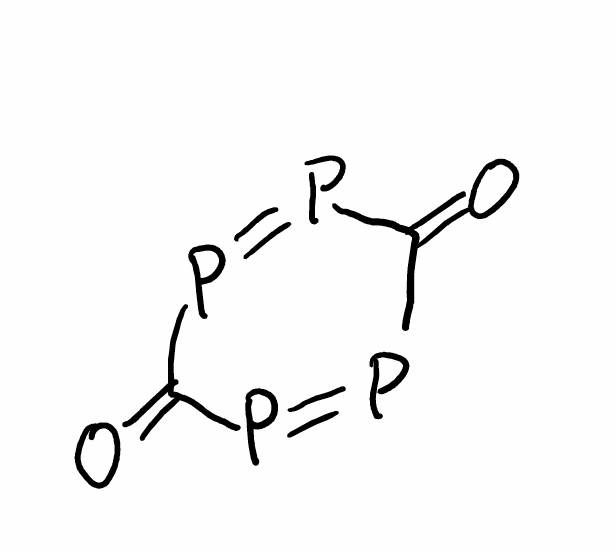
Simplified molecular-input line-entry system (SMILES) notation of the given molecule:
C1(=O)P=PC(=O)P=P1